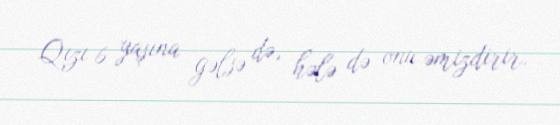
Qızı 6 yaşına gəlsə də, hələ də onu əmizdirir.